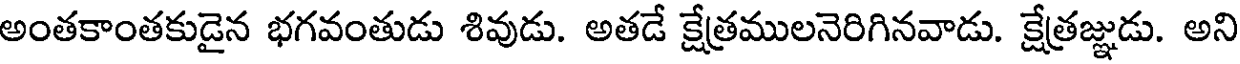
అంతకాంతకుడైన భగవంతుడు శివుడు. అతడే క్షేత్రములనెరిగినవాడు. క్షేత్రజ్ఞుడు. అని